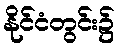
နိုင်ငံတွင်း၌